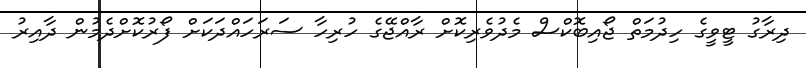
ދިރާގު ޓީވީގެ ހިދުމަތް ޖޯއިބޮކްސް މެދުވެރިކޮށް ރާއްޖޭގެ ހުރިހާ ސަރަހައްދަކަށް ފޯރުކޮށްދެމުން ދާއިރު